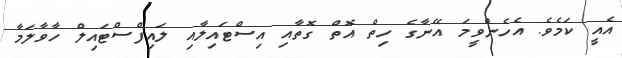
އެއީ ކަމެވެ. އެހެންވީމަ އޭނާގެ ހިތް އޮތް ގޮތާއި އިސްޓައިލާއި ލައިފްސްޓައިލް ހާވާލަމާ